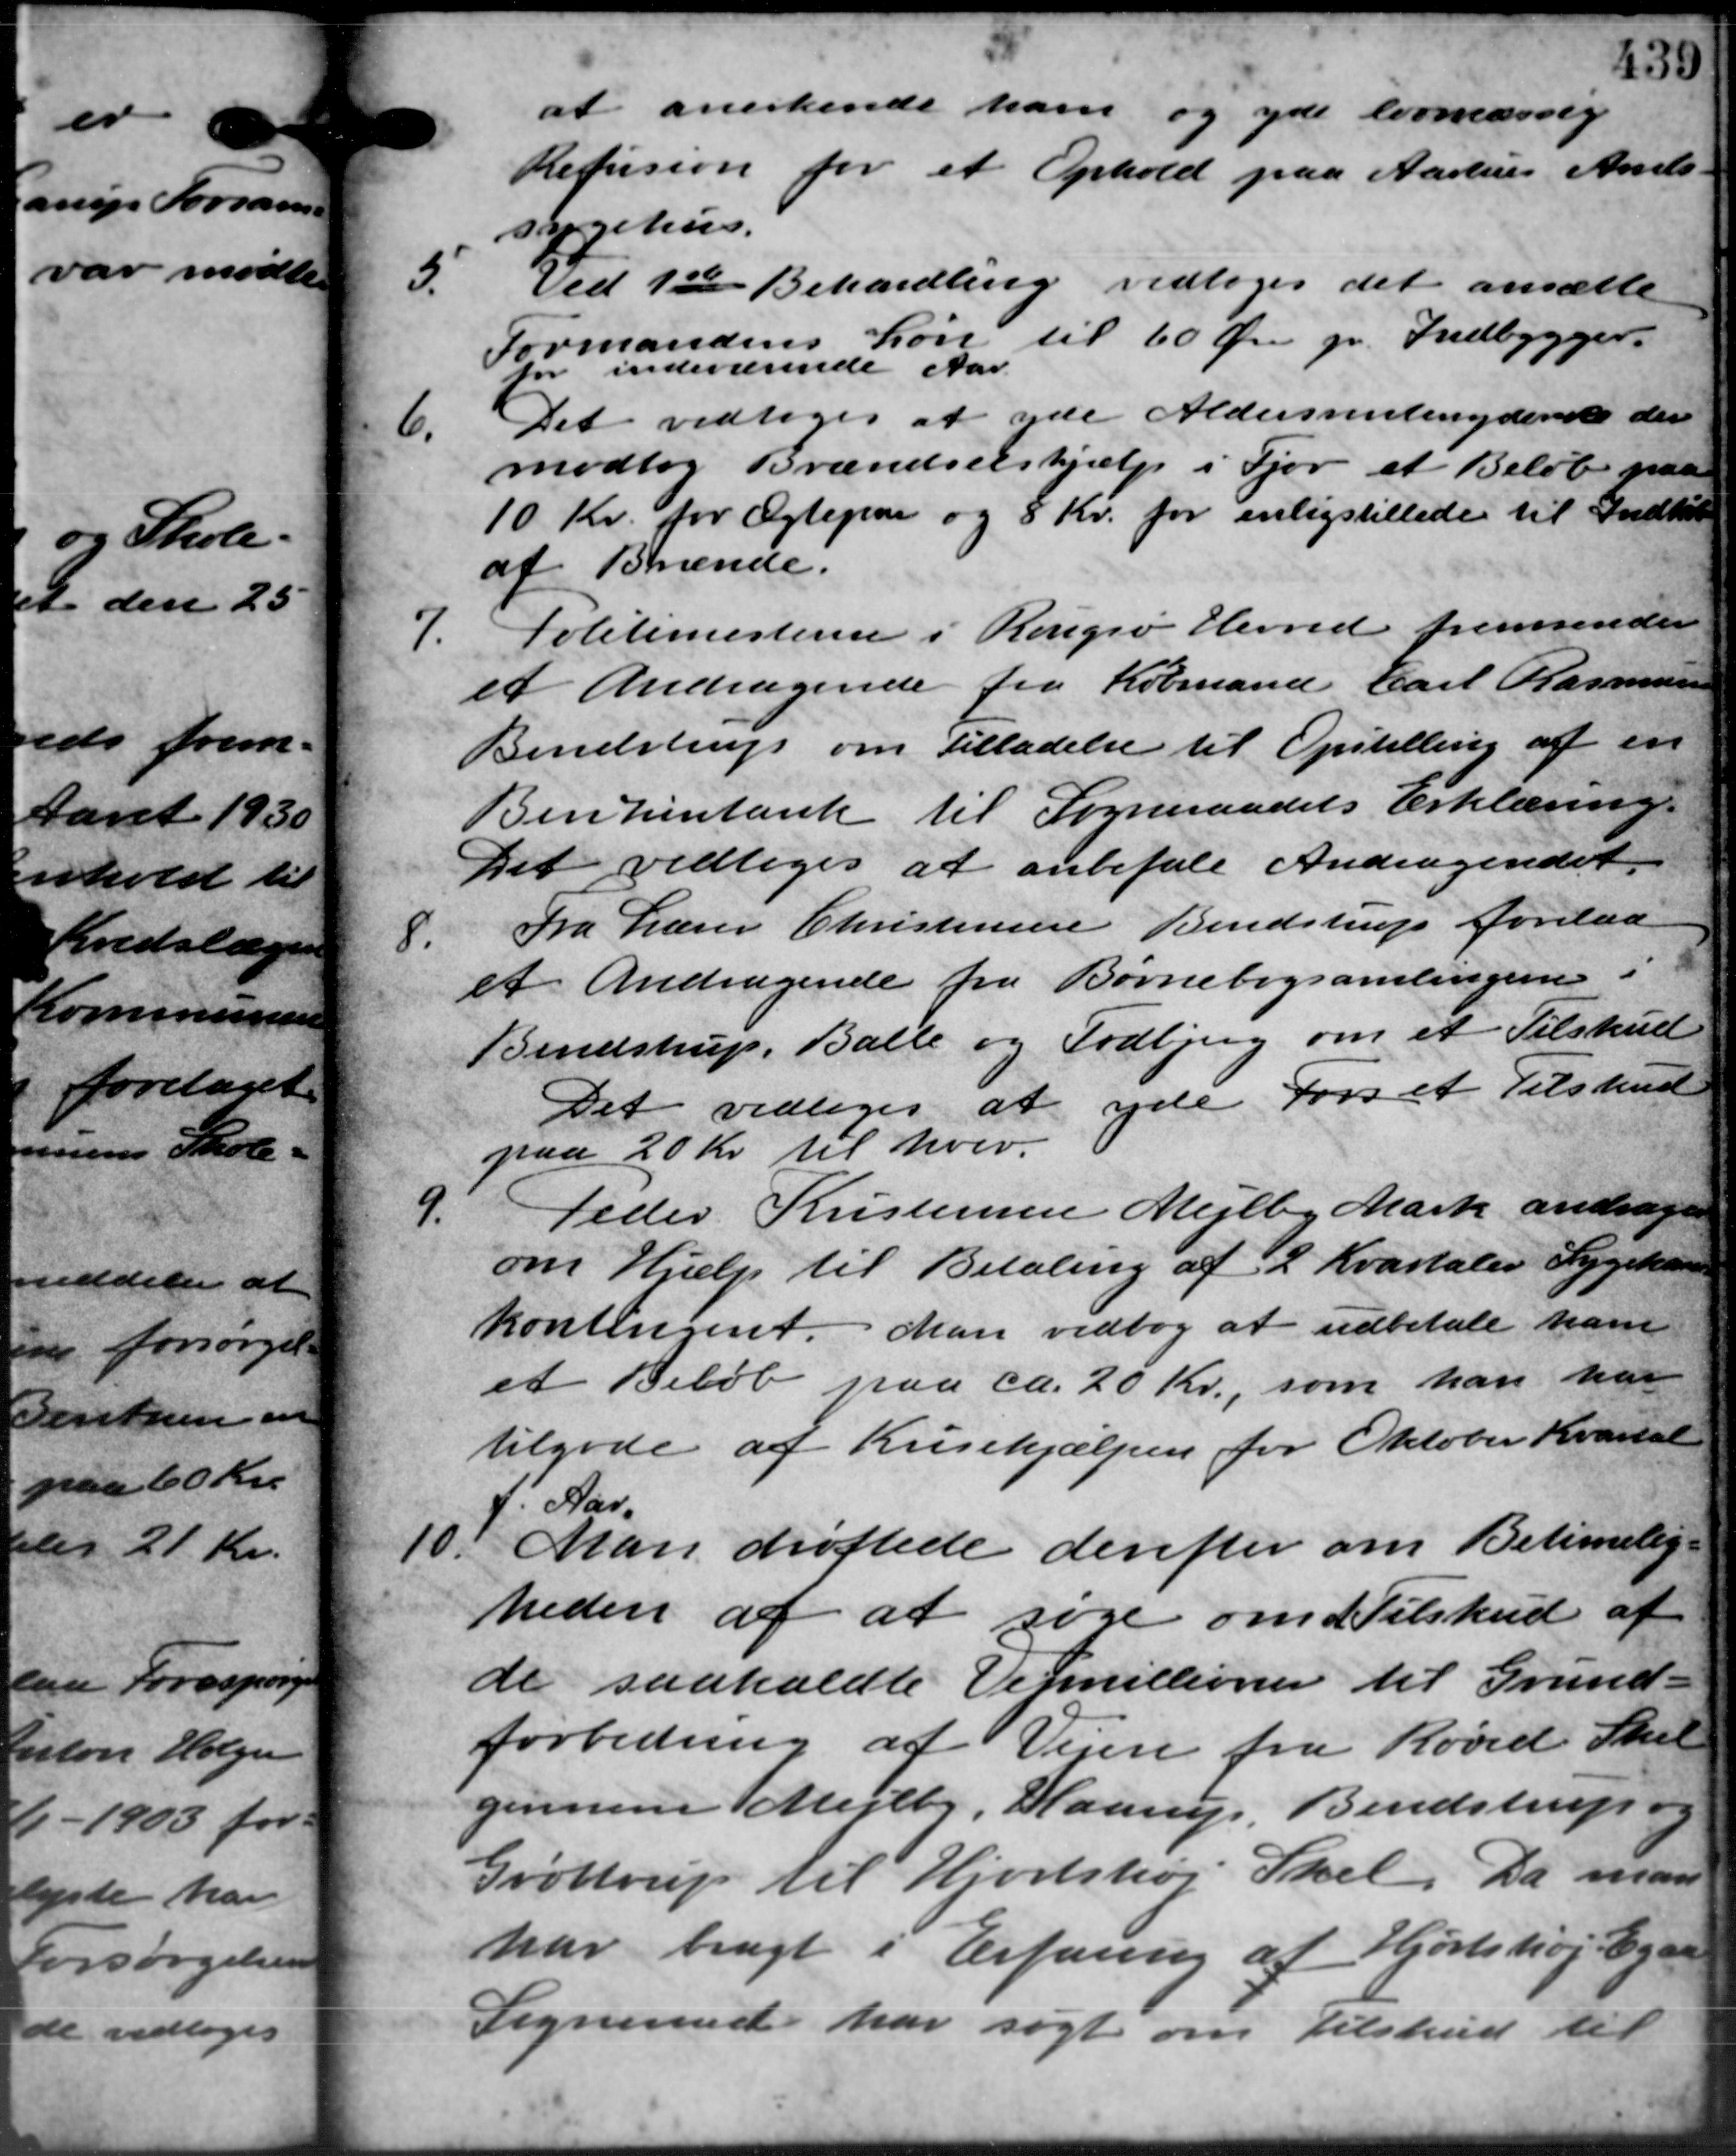
Transskription:
at anerkende ham og yde lovmæssig
Refusion for et Ophold paa Aarhus Amts
sygehus.
3.
Ved 1ste Behandling vedtoges det ansætte
Formandens Løn til 60 Øre pr. Indbygger.
for indeværende Aar
6.
Det vedtoges at yde Aldersrentenyderede der
modtog Brændselshjælp i Fjor et Beløb paa
10 Kr. for Ægtepar og 8 Kr. for enligstillede til Indkøb
af Brænde.
7.
Politimesteren i Rougsø Herred fremsender
et Andragende fra Købmand Carl Rasmussen
Bendstrup om Tilladelse til Opstilling af en
Benzintank til Sogneraadets Erklæring.
Det vedtoges at anbefale Andragendet.
8.
Fra Lærer Christensen Bendstrup forelaa
et Andragende fra Børnebogsamlingen i
Bendstrup, Balle og Todbjerg om et Tilskud
Det vedtoges at yde Fors et Tilskud
paa 20 Kr. til hver.
9.
Peder Kristensen Mejlby Mark andrager
om Hjælp til Betaling af 2 Kvartaler Sygekassen
kontingent. Man vedtog at udbetale ham
et Beløb paa ca. 20 Kr., som han han
tilgode af Krisehjælpen for Oktober Kvartal
f. Kar
10.
Man drøftede derefter om Betimelig -
heden af at søge om Tilskud af
de saakaldte Vejmillioner til Grund -
forbedring af Vejen fra Rovid Skel
gennem Mejlby, Haarup, Bendstrup og
Grøttrup til Hjortshøj Skel. Da man
har bragt i Erfaring af Hjortshøj Egaa
Sogneraad har søgt om Tilskud til